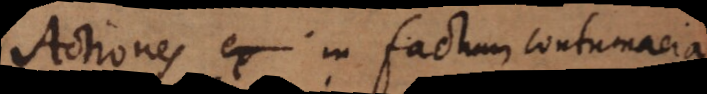
Actiones ex in factum contumacia